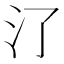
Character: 𣱾